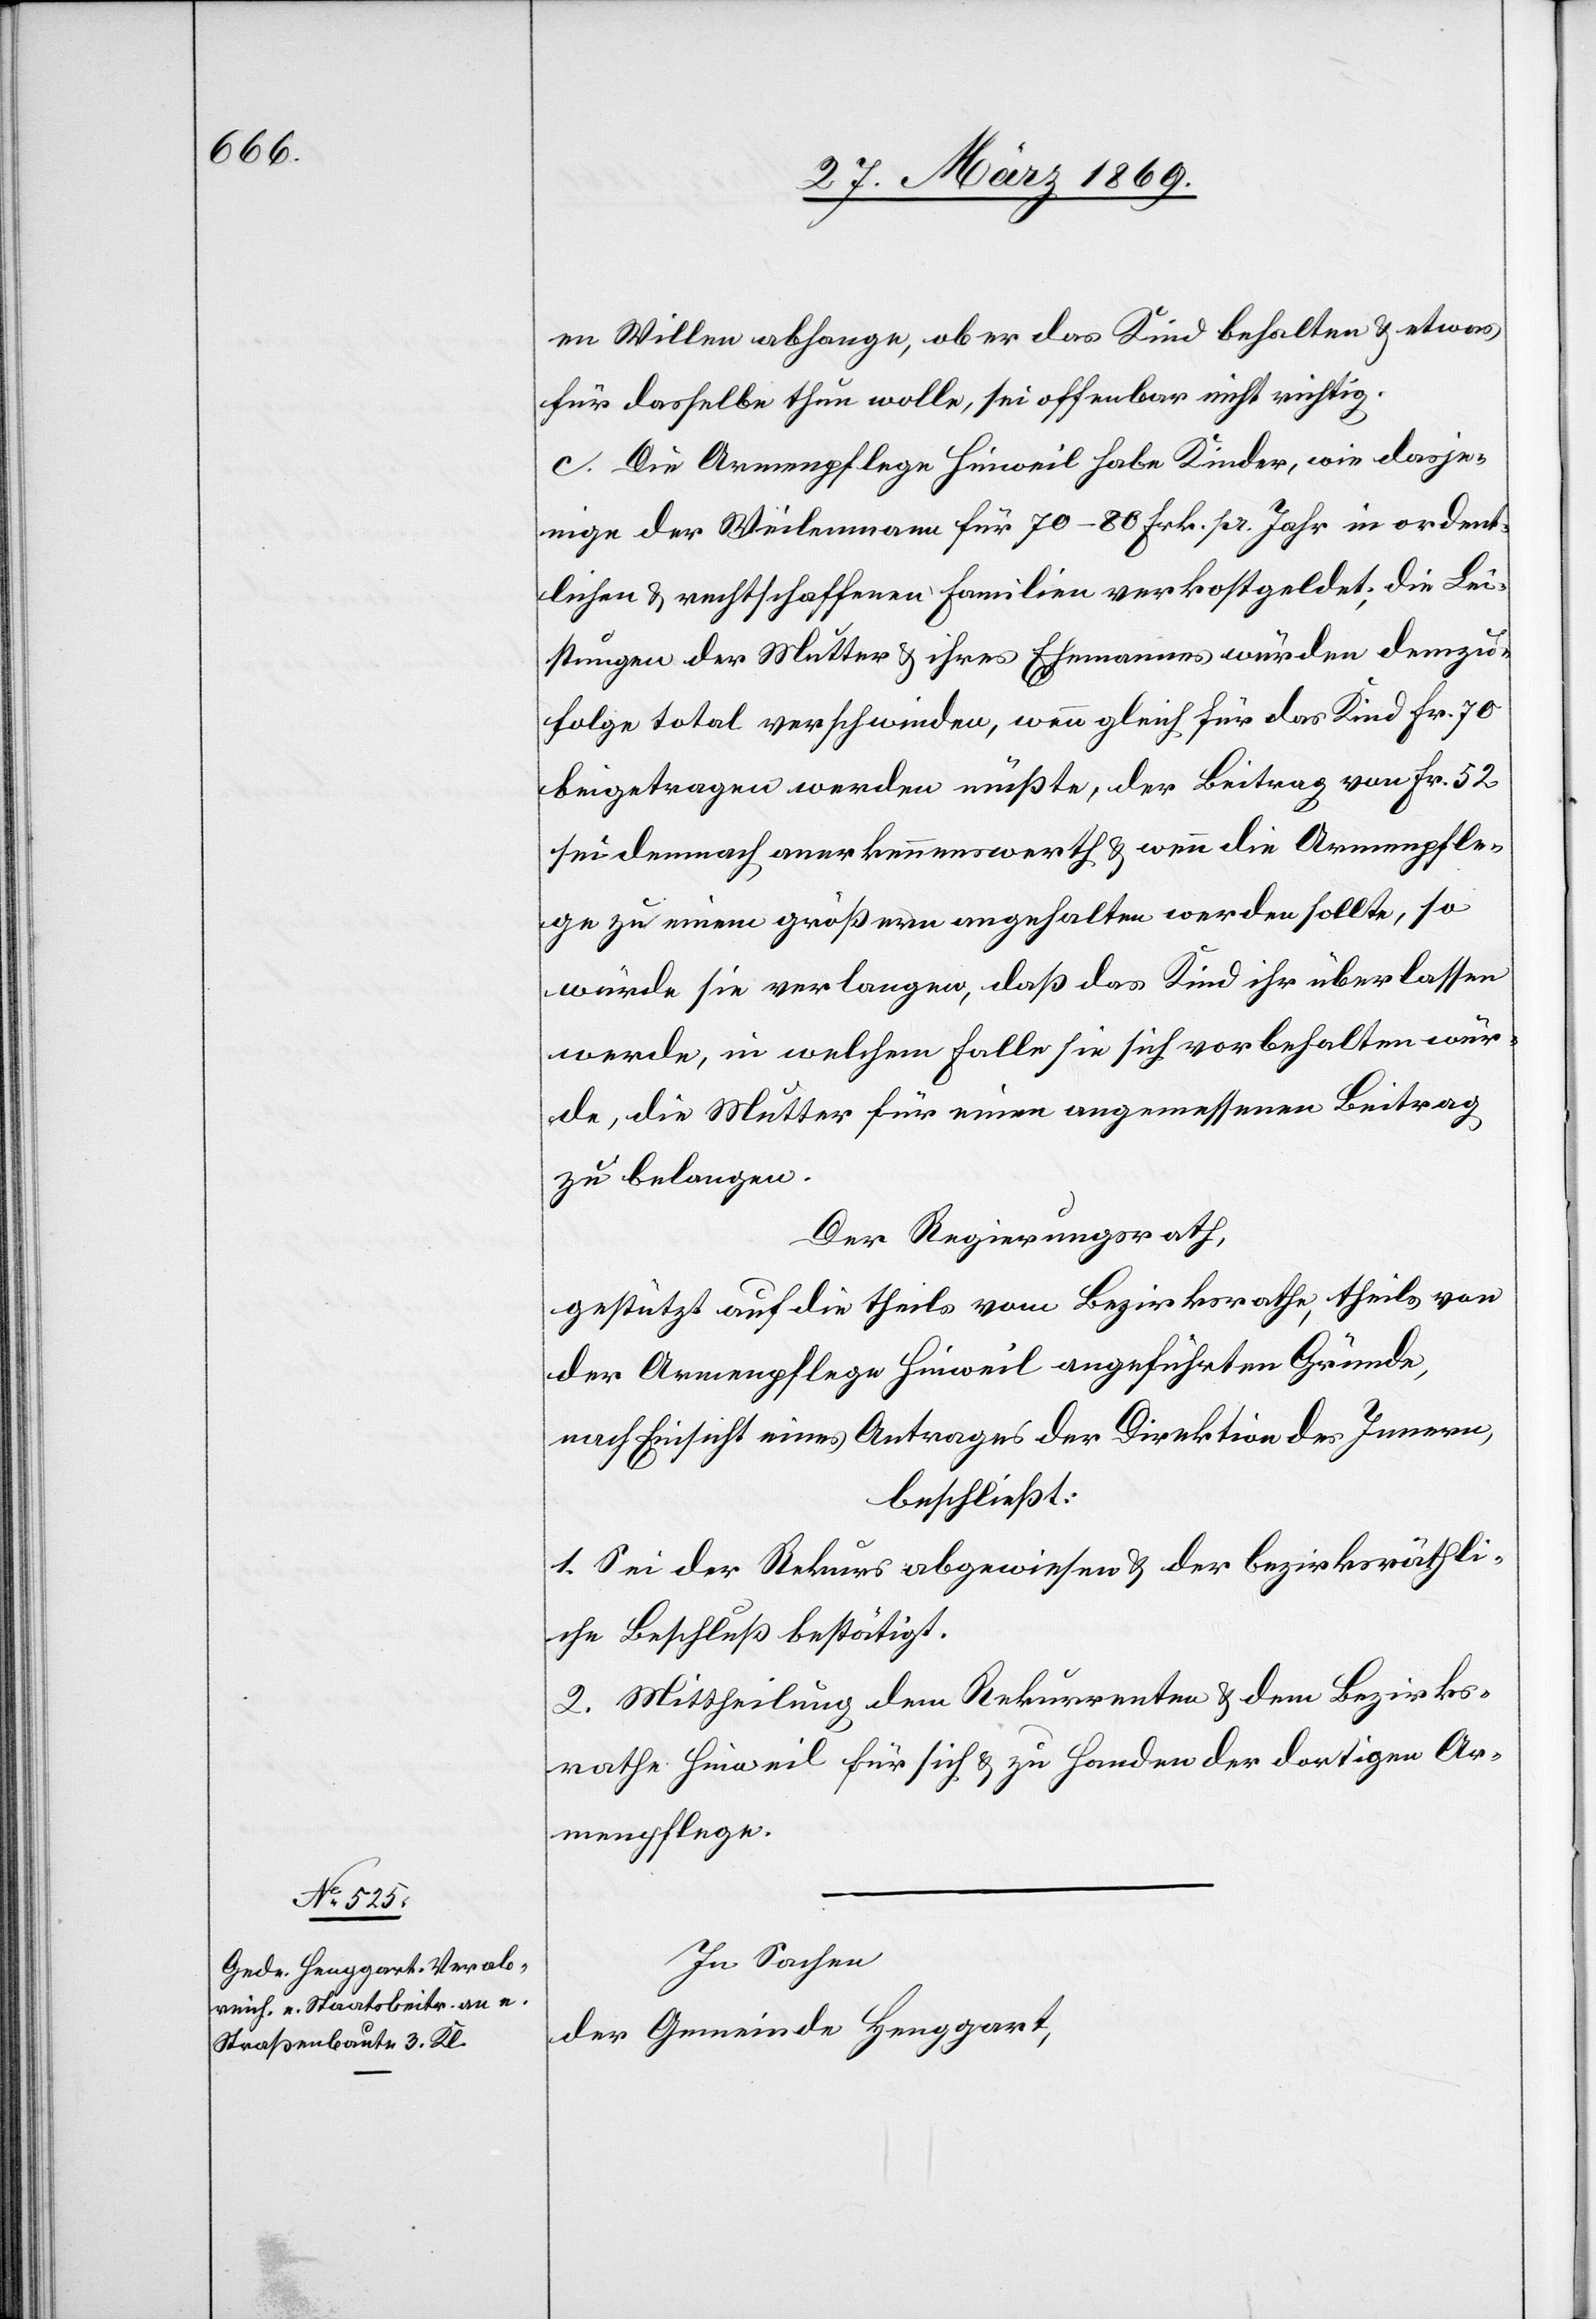
en Willen abhange, ob er das Kind behalten u. etwas
für dasselbe thun wolle, sei offenbar nicht richtig.
c. Die Armenpflege Hinweil habe Kinder, wie dasje¬
nige der Weilenmann für 70–80 Frk. pr. Jahr in ordent¬
lichen u. rechtschaffenen Familien verkostgeldet; die Lei¬
stungen der Mutter u. ihres Ehemannes würden demzu¬
folge total verschwinden, wenn gleich für das Kind Fr. 70
beigetragen werden müßte, der Beitrag von Frk. 52
sei demnach anerkennenswerth u. wenn die Armenpfle¬
ge zu einem größern angehalten werden sollte, so
würde sie verlangen, daß das Kind ihr überlassen
werde, in welchem Falle sie sich vorbehalten wür¬
de, die Mutter für einen angemessenen Beitrag
zu belangen.
Der Regierungsrath,
gestützt auf die theils vom Bezirksrathe, theils von
der Armenpflege Hinweil angeführten Gründe,
nach Einsicht eines Antrages der Direktion des Innern,
beschließt:
1. Sei der Rekurs abgewiesen u. der bezirksräthli¬
che Beschluß bestätigt.
2. Mittheilung dem Rekurrenten u. dem Bezirks¬
rathe Hinweil für sich u. zu Handen der dortigen Ar¬
menpflege.
In Sachen
der Gemeinde Henggart,